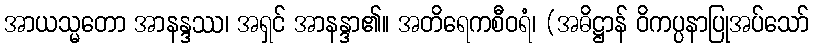
အာယသ္မတော အာနန္ဒဿ၊ အရှင် အာနန္ဒာ၏။ အတိရေကစီဝရံ၊ (အဓိဋ္ဌာန် ဝိကပ္ပနာပြုအပ်သော်